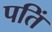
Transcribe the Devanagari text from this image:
पतिं